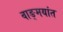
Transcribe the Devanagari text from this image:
वाङ्मयांत